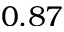
0 . 8 7